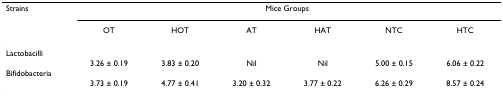
<table><thead><tr><td><b>Strains</b></td><td colspan="6"><b>Mice Groups</b></td></tr><tr><td></td><td><b>OT</b></td><td><b>HOT</b></td><td><b>AT</b></td><td><b>HAT</b></td><td><b>NTC</b></td><td><b>HTC</b></td></tr></thead><tbody><tr><td colspan="7">Lactobacilli</td></tr><tr><td></td><td>3.26 ± 0.19</td><td>3.83 ± 0.20</td><td>Nil</td><td>Nil</td><td>5.00 ± 0.15</td><td>6.06 ± 0.22</td></tr><tr><td colspan="7">Bifidobacteria</td></tr><tr><td></td><td>3.73 ± 0.19</td><td>4.77 ± 0.41</td><td>3.20 ± 0.32</td><td>3.77 ± 0.22</td><td>6.26 ± 0.29</td><td>8.57 ± 0.24</td></tr></tbody></table>